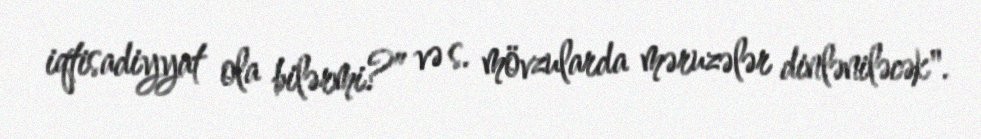
iqtisadiyyat ola bilərmi?” və s. mövzularda məruzələr dinləniləcək".